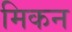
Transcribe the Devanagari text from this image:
मिकन